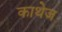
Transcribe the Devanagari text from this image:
काथेज